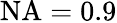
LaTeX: \mathrm{{NA}=0.9}